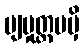
ဗျမှုတ္တမမှိ